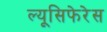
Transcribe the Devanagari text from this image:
ल्यूसिफेरेस